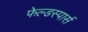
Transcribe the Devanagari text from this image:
फेल्डस्पार्स